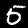
Label: 5